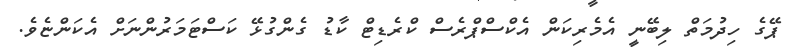
ޕޭގެ ހިދުމަތް ލިބޭނީ އެމެރިކަން އެކްސްޕްރެސް ކްރެޑިޓް ކާޑު ގެންގުޅޭ ކަސްޓަމަރުންނަށް އެކަންޏެވެ.